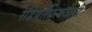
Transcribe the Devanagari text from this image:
रेडियोफ्रिक्वेंसी